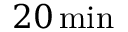
2 0 \, \mathrm { { m i n } }